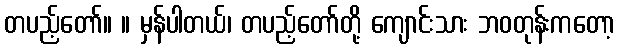
တပည့်တော်။ ။ မှန်ပါတယ်၊ တပည့်တော်တို့ ကျောင်းသား ဘဝတုန်းကတော့